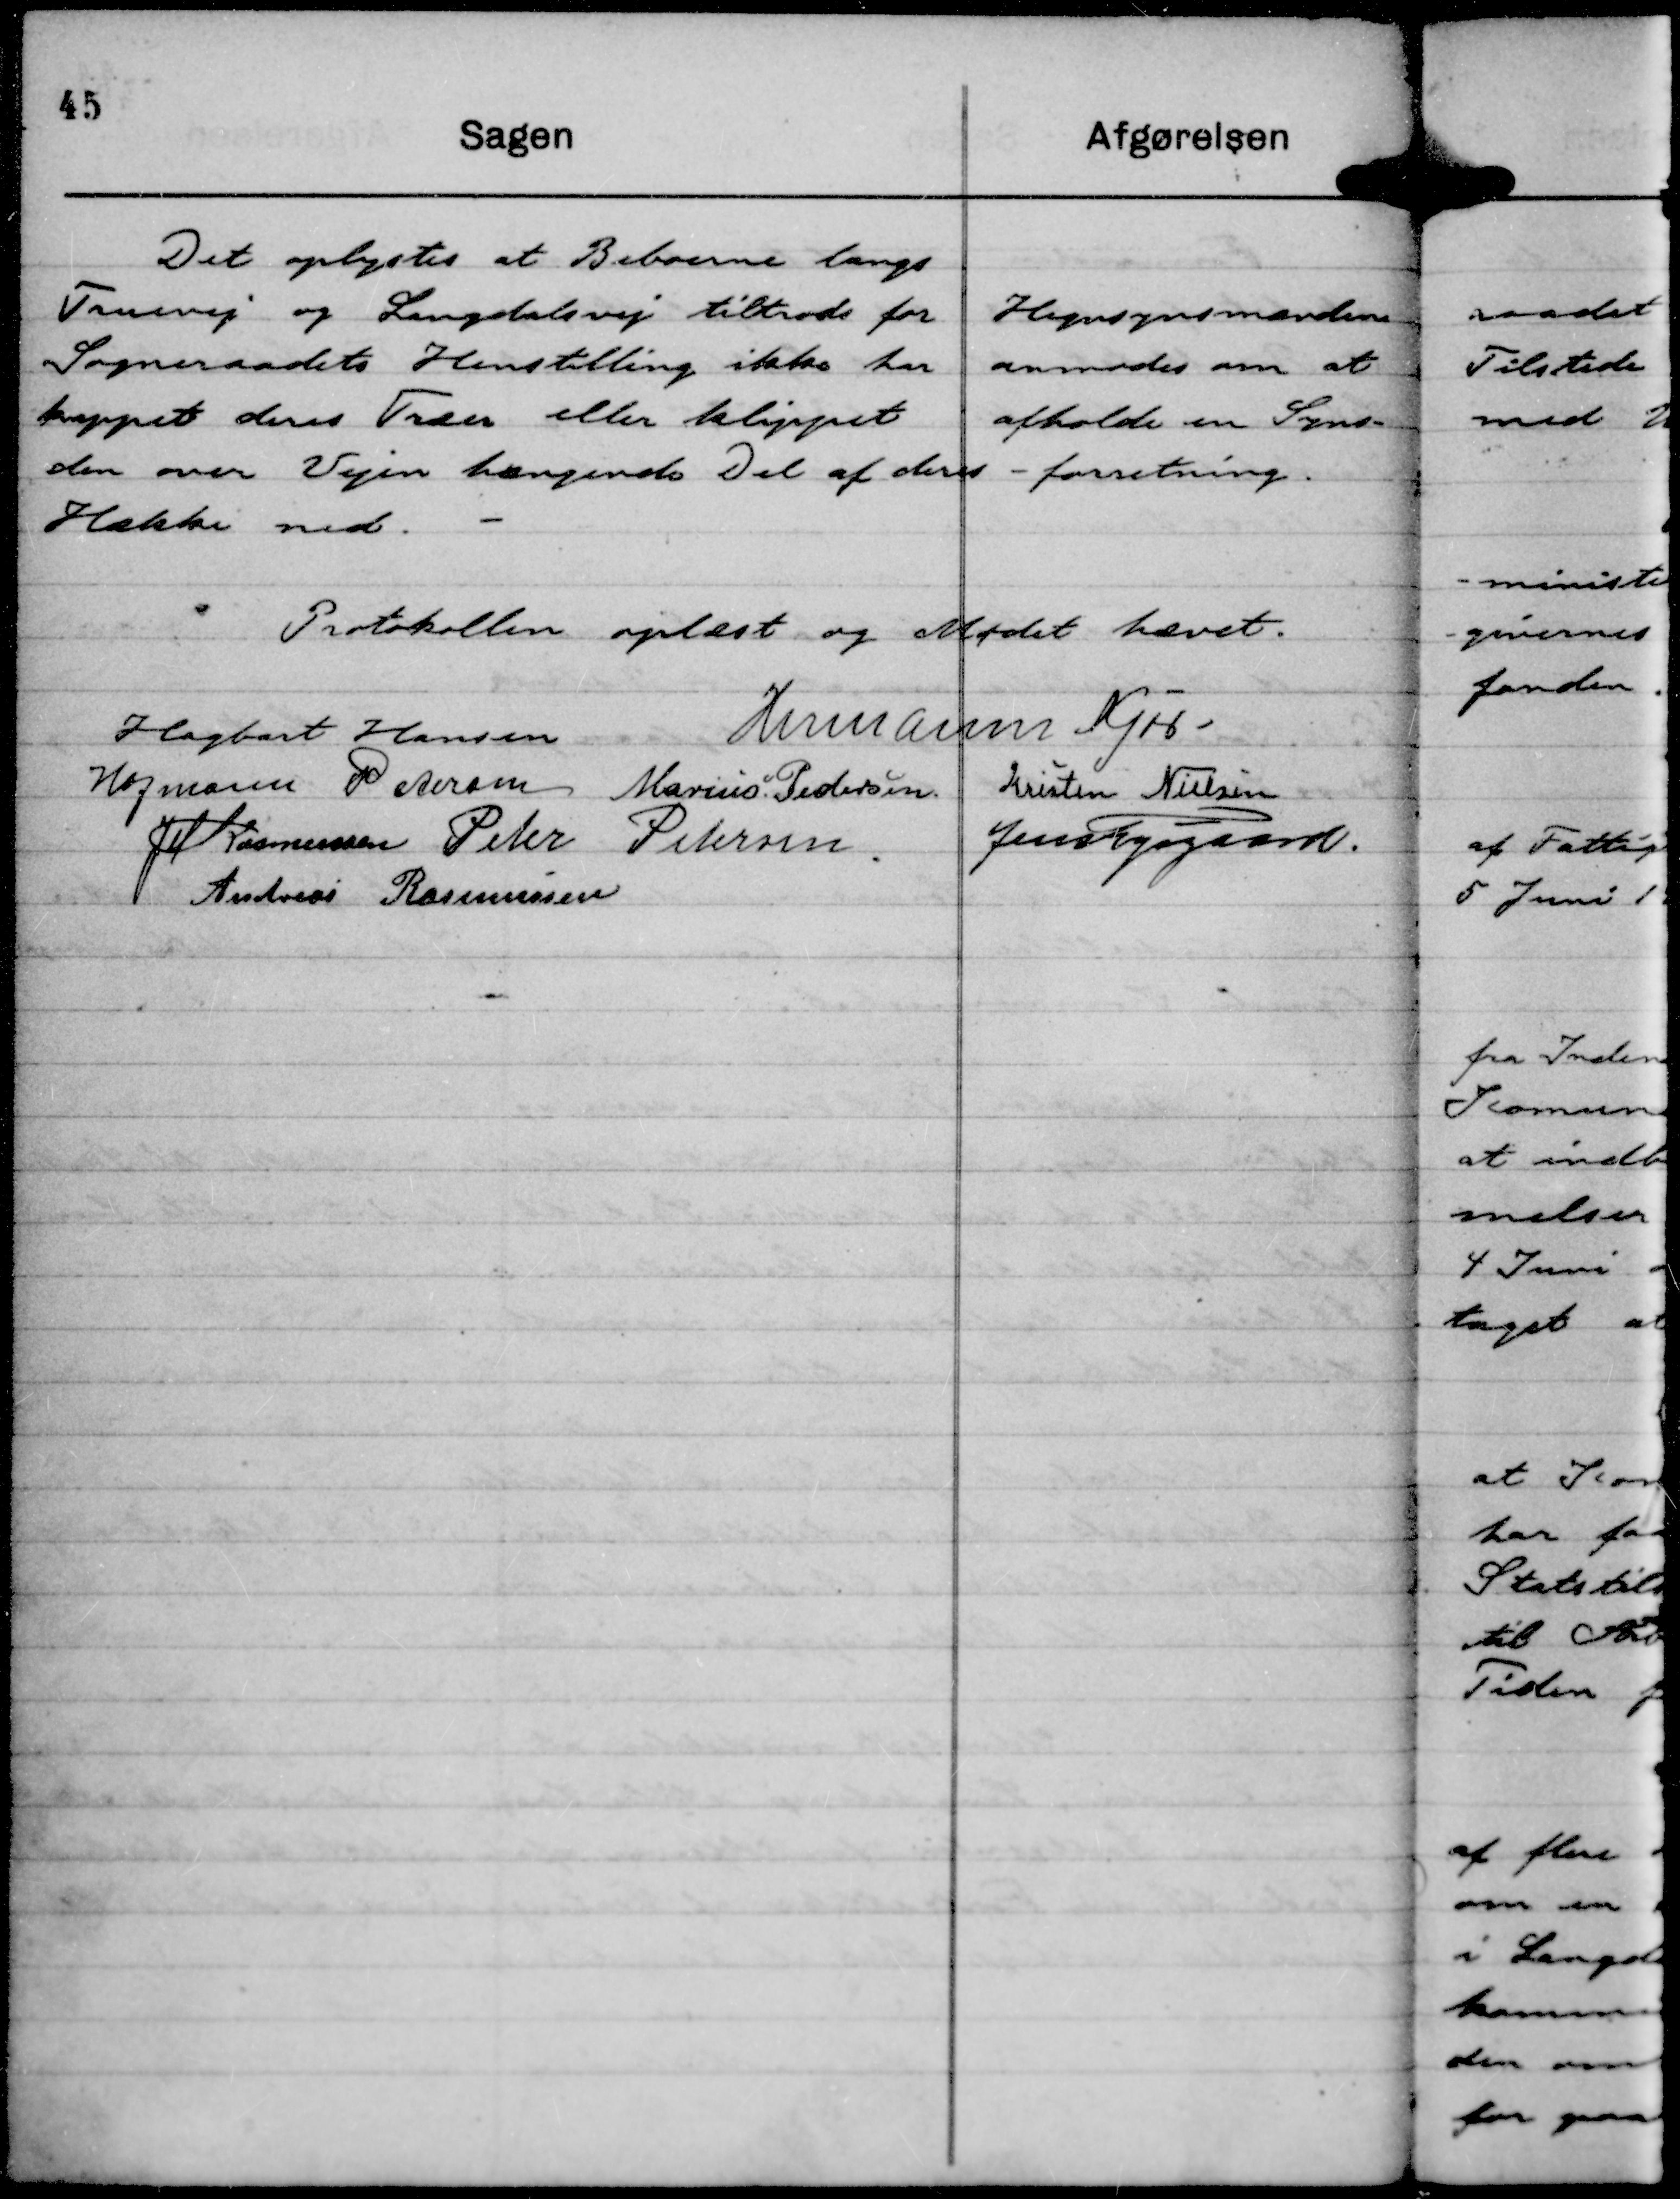
Transskription:
Det oplystes at Beboerne langs
Truevej og Langdalsvej tiltrods for
Sogneraadets Henstilling ikke har
kappet deres Træer eller klippet
den over Vejen hængende Del af deres
Hække ned.

Hegnsynsmanden
anmodes om at 
afholde en Syns-
- forretning.

Protokollen oplæst og Mødet hævet.
Hagbart Hansen
Hermann Kjær.
Hofmann Pedersen
P Aeram
Marius Pedersen
Kresten Nielsen
JM Rasmusssen
Peter Petersen
Jens Fogsgaard
Andreas Rasmussen